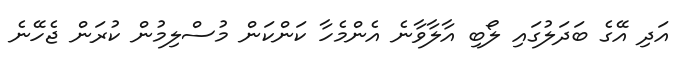
އަދި އޭގެ ބަދަލުގައި ލޯބި އާލާވާނެ އެންމެހާ ކަންކަން މުސްލިމުން ކުރަން ޖެހޭނެ